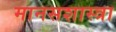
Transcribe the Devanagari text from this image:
मानसशास्त्रा